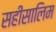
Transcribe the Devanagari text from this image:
सहीसालिम